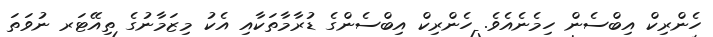
ހެންރިކް އިބްސެން ހިމެނެއެވެ. ހެންރިކް އިބްސެންގެ ޑުރާމާތަކާއި އެކު މިޒަމާނުގެ ތިއޭޓަރ ނުވަތަ